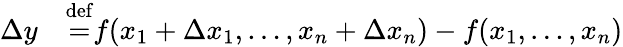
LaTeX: \begin{array}{rl}{\Delta y}&{{}{}{\stackrel{\mathrm{def}}{=}}f(x_{1}+\Delta x_{1},\dots,x_{n}+\Delta x_{n})-f(x_{1},\dots,x_{n})}\end{array}